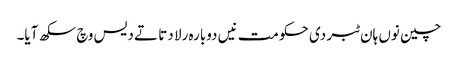
چین نوں ہان ٹبر دی حکومت نیں دوبارہ رلا دتا تے دیس وچ سکھ آیا۔